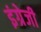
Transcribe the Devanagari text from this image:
इंग्रेजी